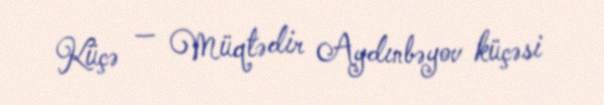
Küçə — Müqtədir Aydınbəyov küçəsi